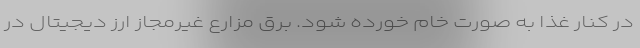
در کنار غذا به صورت خام خورده شود. برق مزارع غیرمجاز ارز دیجیتال در